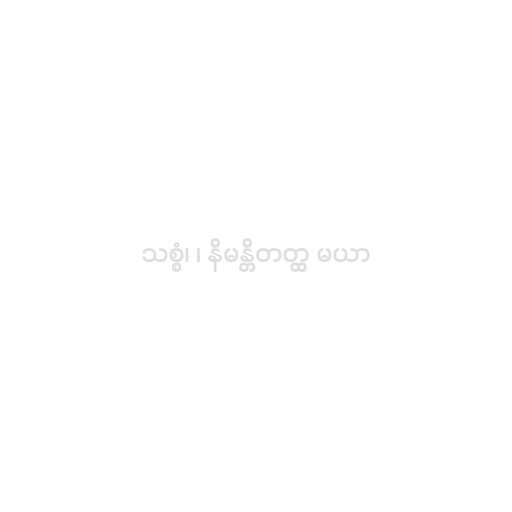
သစ္စံ၊ ၊ နိမန္တိတတ္ထ မယာ